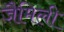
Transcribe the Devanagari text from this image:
जैमिली